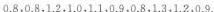
0.8，0，8，1，2，1，0，1.1，0.9，0.8，1.3，1.2，0.9.